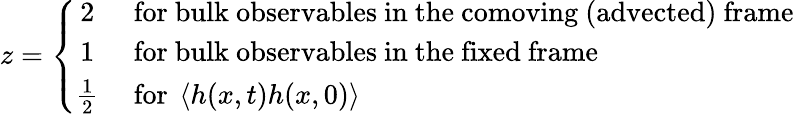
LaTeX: z=\left\{ \begin{array}{cl}{2}&{\mathrm{~for~bulk~observables~in~the~comoving~(advected)~frame}}\\ {1}&{\mathrm{~for~bulk~observables~in~the~fixed~frame}}\\ {\frac 12}&{\mathrm{~for~}\left<h(x,t)h(x,0)\right>}\end{array}\right.